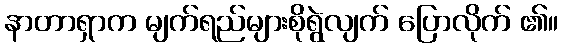
နာတာရှာက မျက်ရည်များစိုရွဲလျက် ပြောလိုက် ၏။